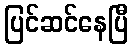
ပြင်ဆင်နေပြီ